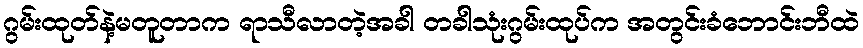
ဂွမ်းထုတ်နဲ့မတူတာက ရာသီလာတဲ့အခါ တခါသုံးဂွမ်းထုပ်က အတွင်းခံဘောင်းဘီထဲ